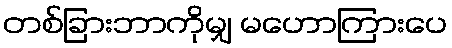
တစ်ခြားဘာကိုမျှ မဟောကြားပေ